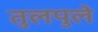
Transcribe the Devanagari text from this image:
तुलपुले